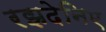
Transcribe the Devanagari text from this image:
रझदेनिए